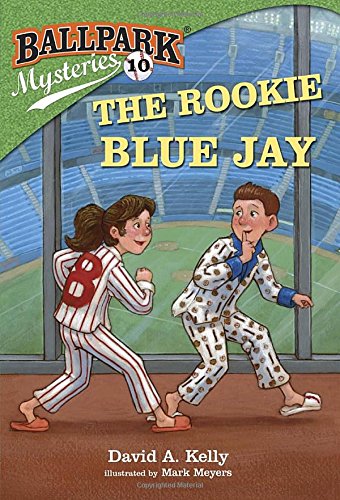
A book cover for Ballpark Mysteries #10: The Rookie Blue Jay (A Stepping Stone Book(TM)); David A. Kelly; Children's Books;